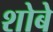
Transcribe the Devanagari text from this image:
शोबे